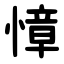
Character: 慞